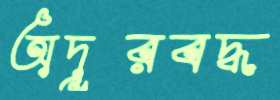
অদূরবদ্ধ